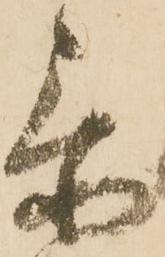
忝